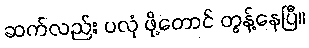
ဆက်လည်း ပလုံ ဖို့တောင် တွန့်နေပြီ။